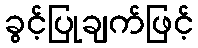
ခွင့်ပြုချက်ဖြင့်